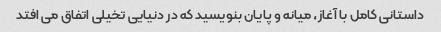
داستانی کامل با آغاز، میانه و پایان بنویسید که در دنیایی تخیلی اتفاق می افتد